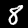
Digit: 8